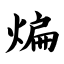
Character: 煸